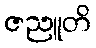
ဇညူတိ